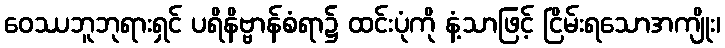
ဝေဿဘူဘုရားရှင် ပရိနိဗ္ဗာန်စံရာ၌ ထင်းပုံကို နံ့သာဖြင့် ငြိမ်းရသောအကျိုး၊